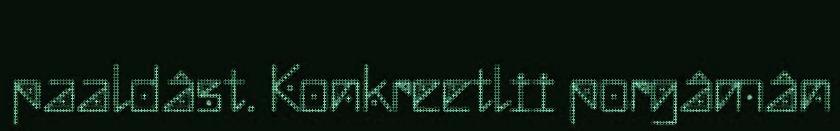
paaldâst. Konkreetlii porgâmân